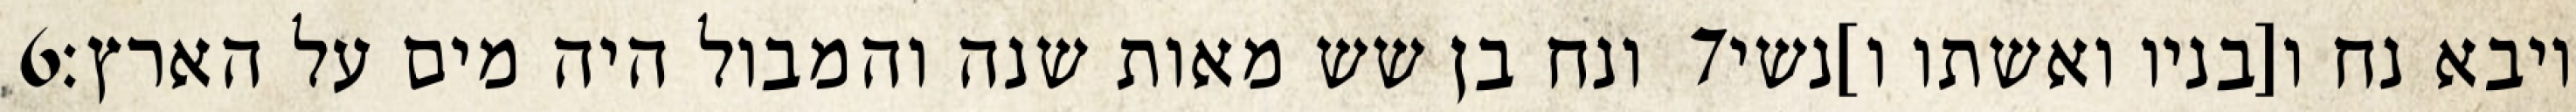
‎6‏ ונח בן שש מאות שנה והמבול היה מים על הארץ׃ ‎7‏ ויבא נח ו[בניו ואשתו ו]נשי